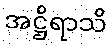
အဋ္ဌိရာသိ